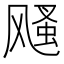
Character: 𩙫